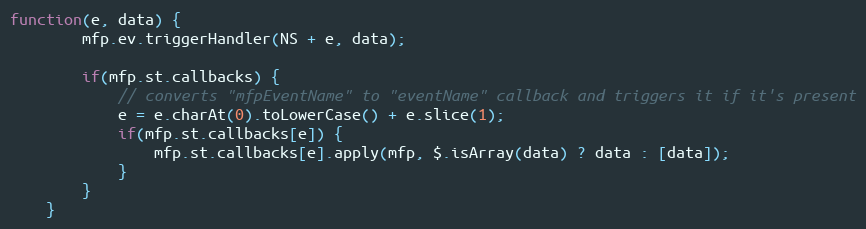
Language: JavaScript
function(e, data) {
		mfp.ev.triggerHandler(NS + e, data);

		if(mfp.st.callbacks) {
			// converts "mfpEventName" to "eventName" callback and triggers it if it's present
			e = e.charAt(0).toLowerCase() + e.slice(1);
			if(mfp.st.callbacks[e]) {
				mfp.st.callbacks[e].apply(mfp, $.isArray(data) ? data : [data]);
			}
		}
	}